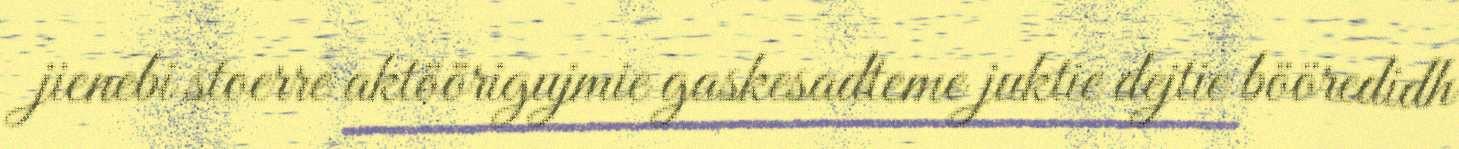
jienebi stoerre aktöörigujmie gaskesadteme juktie dejtie bööredidh